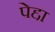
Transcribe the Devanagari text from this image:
पेद्दा